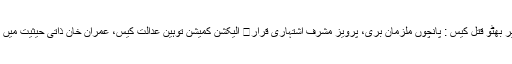
بینظیر بھٹو قتل کیس : پانچوں ملزمان بری، پرویز مشرف اشتہاری قرار	 الیکشن کمیشن توہین عدالت کیس، عمران خان ذاتی حیثیت میں طلب